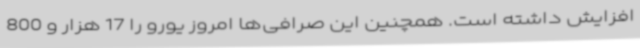
افزایش داشته است. همچنین این صرافی‌ها امروز یورو را 17 هزار و 800